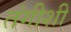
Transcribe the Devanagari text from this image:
तंगीशी